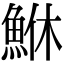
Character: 鮴